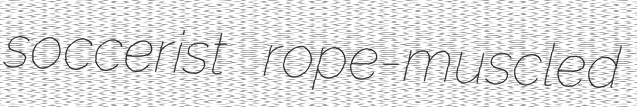
soccerist rope-muscled